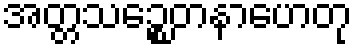
အတ္တသဉ္စေတနာဟေတု